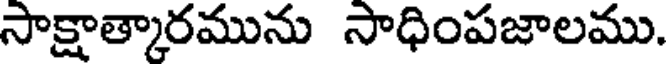
సాక్షాత్కారమును సాధింపజాలము.